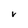
Character: V